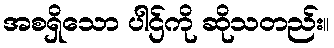
အစရှိသော ပါဌ်ကို ဆိုသတည်း။